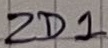
Text: ZD1